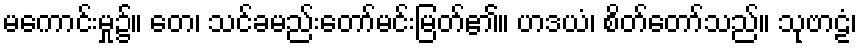
မကောင်းမှု၌။ တေ၊ သင်ခမည်းတော်မင်းမြတ်၏။ ဟဒယံ၊ စိတ်တော်သည်။ သုဗာဠံ၊